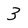
Character: 3